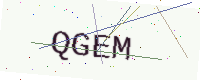
Text: QGEM